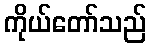
ကိုယ်တော်သည်